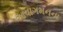
આવાગમનના